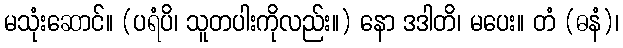
မသုံးဆောင်။ (ပရံပိ၊ သူတပါးကိုလည်း။) နော ဒဒါတိ၊ မပေး။ တံ (ဓနံ)၊